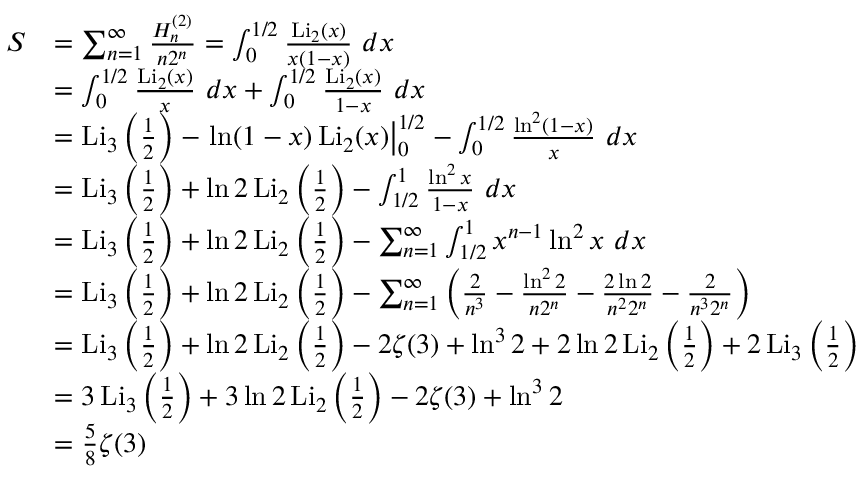
\begin{array} { r l } { S } & { = \sum _ { n = 1 } ^ { \infty } \frac { H _ { n } ^ { ( 2 ) } } { n 2 ^ { n } } = \int _ { 0 } ^ { 1 / 2 } \frac { \operatorname { L i } _ { 2 } ( x ) } { x ( 1 - x ) } \ d x } \\ & { = \int _ { 0 } ^ { 1 / 2 } \frac { \operatorname { L i } _ { 2 } ( x ) } { x } \ d x + \int _ { 0 } ^ { 1 / 2 } \frac { \operatorname { L i } _ { 2 } ( x ) } { 1 - x } \ d x } \\ & { = \operatorname { L i } _ { 3 } \left( \frac 1 2 \right) - \left. \ln ( 1 - x ) \operatorname { L i } _ { 2 } ( x ) \right| _ { 0 } ^ { 1 / 2 } - \int _ { 0 } ^ { 1 / 2 } \frac { \ln ^ { 2 } ( 1 - x ) } { x } \ d x } \\ & { = \operatorname { L i } _ { 3 } \left( \frac 1 2 \right) + \ln 2 \operatorname { L i } _ { 2 } \left( \frac 1 2 \right) - \int _ { 1 / 2 } ^ { 1 } \frac { \ln ^ { 2 } x } { 1 - x } \ d x } \\ & { = \operatorname { L i } _ { 3 } \left( \frac 1 2 \right) + \ln 2 \operatorname { L i } _ { 2 } \left( \frac 1 2 \right) - \sum _ { n = 1 } ^ { \infty } \int _ { 1 / 2 } ^ { 1 } x ^ { n - 1 } \ln ^ { 2 } x \ d x } \\ & { = \operatorname { L i } _ { 3 } \left( \frac 1 2 \right) + \ln 2 \operatorname { L i } _ { 2 } \left( \frac 1 2 \right) - \sum _ { n = 1 } ^ { \infty } \left( \frac { 2 } { n ^ { 3 } } - \frac { \ln ^ { 2 } 2 } { n 2 ^ { n } } - \frac { 2 \ln 2 } { n ^ { 2 } 2 ^ { n } } - \frac { 2 } { n ^ { 3 } 2 ^ { n } } \right) } \\ & { = \operatorname { L i } _ { 3 } \left( \frac 1 2 \right) + \ln 2 \operatorname { L i } _ { 2 } \left( \frac 1 2 \right) - 2 \zeta ( 3 ) + \ln ^ { 3 } 2 + 2 \ln 2 \operatorname { L i } _ { 2 } \left( \frac 1 2 \right) + 2 \operatorname { L i } _ { 3 } \left( \frac 1 2 \right) } \\ & { = 3 \operatorname { L i } _ { 3 } \left( \frac 1 2 \right) + 3 \ln 2 \operatorname { L i } _ { 2 } \left( \frac 1 2 \right) - 2 \zeta ( 3 ) + \ln ^ { 3 } 2 } \\ & { = \frac 5 8 \zeta ( 3 ) } \end{array}